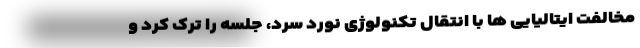
مخالفت ایتالیایی ها با انتقال تکنولوژی نورد سرد، جلسه را ترک کرد و